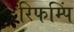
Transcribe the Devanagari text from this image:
रिफम्पिं